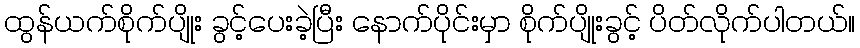
ထွန်ယက်စိုက်ပျိုး ခွင့်ပေးခဲ့ပြီး နောက်ပိုင်းမှာ စိုက်ပျိုးခွင့် ပိတ်လိုက်ပါတယ်။